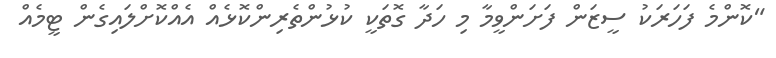
"ކޮންމެ ފަހަރަކު ސީޒަން ފަށަންވީމާ މި ހަދާ ގޮތަކީ ކުޅުންތެރިންކޮޅެއް އެއްކޮށްލައިގެން ޓީމެއް